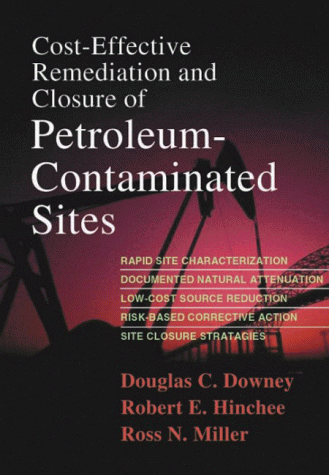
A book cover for Cost-Effective Remediation and Closure of Petroleum-Contaminated Sites; Douglas C. Downey; Science & Math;